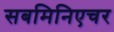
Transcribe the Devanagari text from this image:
सबमिनिएचर